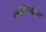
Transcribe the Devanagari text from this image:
महिम्नस्तव